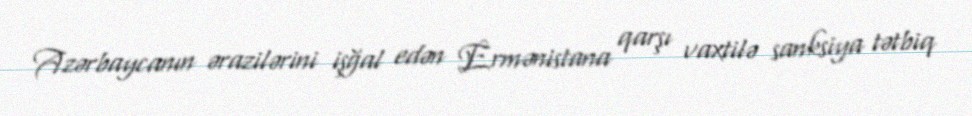
Azərbaycanın ərazilərini işğal edən Ermənistana qarşı vaxtilə sanksiya tətbiq